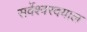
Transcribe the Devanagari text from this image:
सर्वेश्वरदयाल